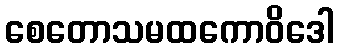
စေတောသမထကောဝိဒေါ